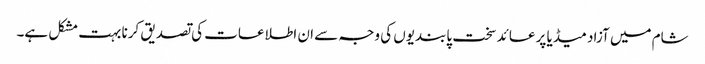
شام میں آزاد میڈیا پر عائد سخت پابندیوں کی وجہ سے ان اطلاعات کی تصدیق کرنا بہت مشکل ہے۔